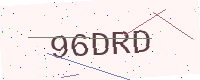
Text: 96DRD